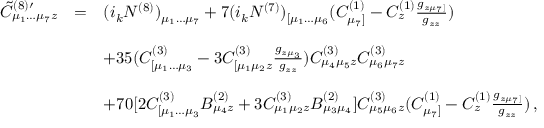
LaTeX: \begin{array} { r c l } { { { \tilde { C } } _ { \mu _ { 1 } \dots \mu _ { 7 } z } ^ { ( 8 ) \prime } } } & { { = } } & { { ( i _ { k } N ^ { ( 8 ) } ) _ { \mu _ { 1 } \dots \mu _ { 7 } } + 7 ( i _ { k } N ^ { ( 7 ) } ) _ { [ \mu _ { 1 } \dots \mu _ { 6 } } ( C _ { \mu _ { 7 } ] } ^ { ( 1 ) } - C _ { z } ^ { ( 1 ) } \frac { g _ { z \mu _ { 7 } ] } } { g _ { z z } } ) } } \\ { { } } & { { } } & { { } } \\ { { } } & { { } } & { { + 3 5 ( C _ { [ \mu _ { 1 } \dots \mu _ { 3 } } ^ { ( 3 ) } - 3 C _ { [ \mu _ { 1 } \mu _ { 2 } z } ^ { ( 3 ) } \frac { g _ { z \mu _ { 3 } } } { g _ { z z } } ) C _ { \mu _ { 4 } \mu _ { 5 } z } ^ { ( 3 ) } C _ { \mu _ { 6 } \mu _ { 7 } z } ^ { ( 3 ) } } } \\ { { } } & { { } } & { { } } \\ { { } } & { { } } & { { + 7 0 [ 2 C _ { [ \mu _ { 1 } \dots \mu _ { 3 } } ^ { ( 3 ) } B _ { \mu _ { 4 } z } ^ { ( 2 ) } + 3 C _ { \mu _ { 1 } \mu _ { 2 } z } ^ { ( 3 ) } B _ { \mu _ { 3 } \mu _ { 4 } } ^ { ( 2 ) } ] C _ { \mu _ { 5 } \mu _ { 6 } z } ^ { ( 3 ) } ( C _ { \mu _ { 7 } ] } ^ { ( 1 ) } - C _ { z } ^ { ( 1 ) } \frac { g _ { z \mu _ { 7 } ] } } { g _ { z z } } ) \, , } } \end{array}